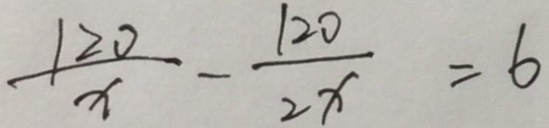
\frac { 1 2 0 } { x } - \frac { 1 2 0 } { 2 x } = 6